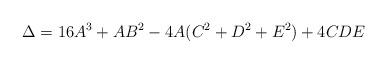
LaTeX: \begin{align*}\Delta=16A^{3}+AB^{2}-4A(C^{2}+D^{2}+E^{2})+4CDE\end{align*}